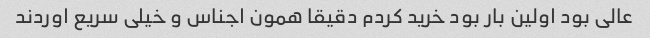
عالی بود اولین بار بود خرید کردم دقیقا همون اجناس و خیلی سریع اوردند